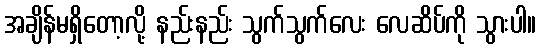
အချိန်မရှိတော့လို့ နည်းနည်း သွက်သွက်လေး လေဆိပ်ကို သွားပါ။